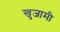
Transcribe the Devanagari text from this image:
खुजामी